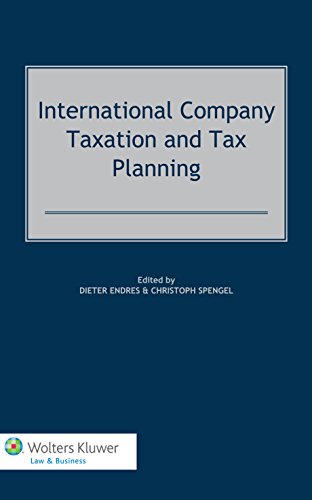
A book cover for International Company Taxation and Tax Planning; Dieter Endres; Law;